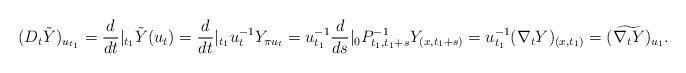
LaTeX: \begin{align*}(D_t\tilde{Y})_{u_{t_1}}=\frac{d}{dt}|_{t_1}\tilde{Y}(u_t)=\frac{d}{dt}|_{t_1} u_t^{-1}Y_{\pi u_t}= u_{t_1}^{-1}\frac{d}{ds}|_0 P_{t_1,t_1+s}^{-1}Y_{(x,t_1+s)}=u_{t_1}^{-1}(\nabla_t Y)_{(x,t_1)}=(\widetilde{\nabla_t Y})_{u_1}.\end{align*}